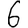
Digit: 6